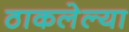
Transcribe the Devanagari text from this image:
ठाकलेल्या